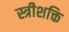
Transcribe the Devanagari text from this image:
स्त्रीशक्ति